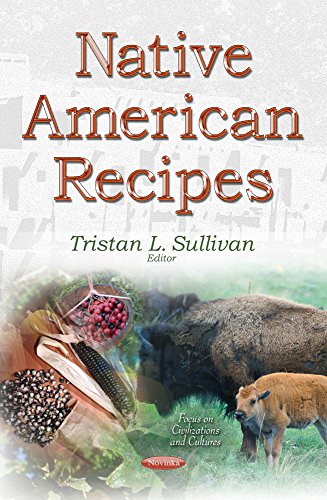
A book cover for Native American Recipes (Focus on Civilizations and Cultures); Cookbooks, Food & Wine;